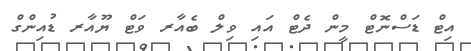
އިޓް ޑަސްނޮޓް މީން ދެޓް އައި ވިލް ބެއާރ ވަޓް ޔޫއާރ ޑުއިންގް